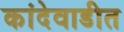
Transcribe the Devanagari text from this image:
कांदेवाडीत